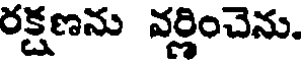
రక్షణను వర్ణించెను.